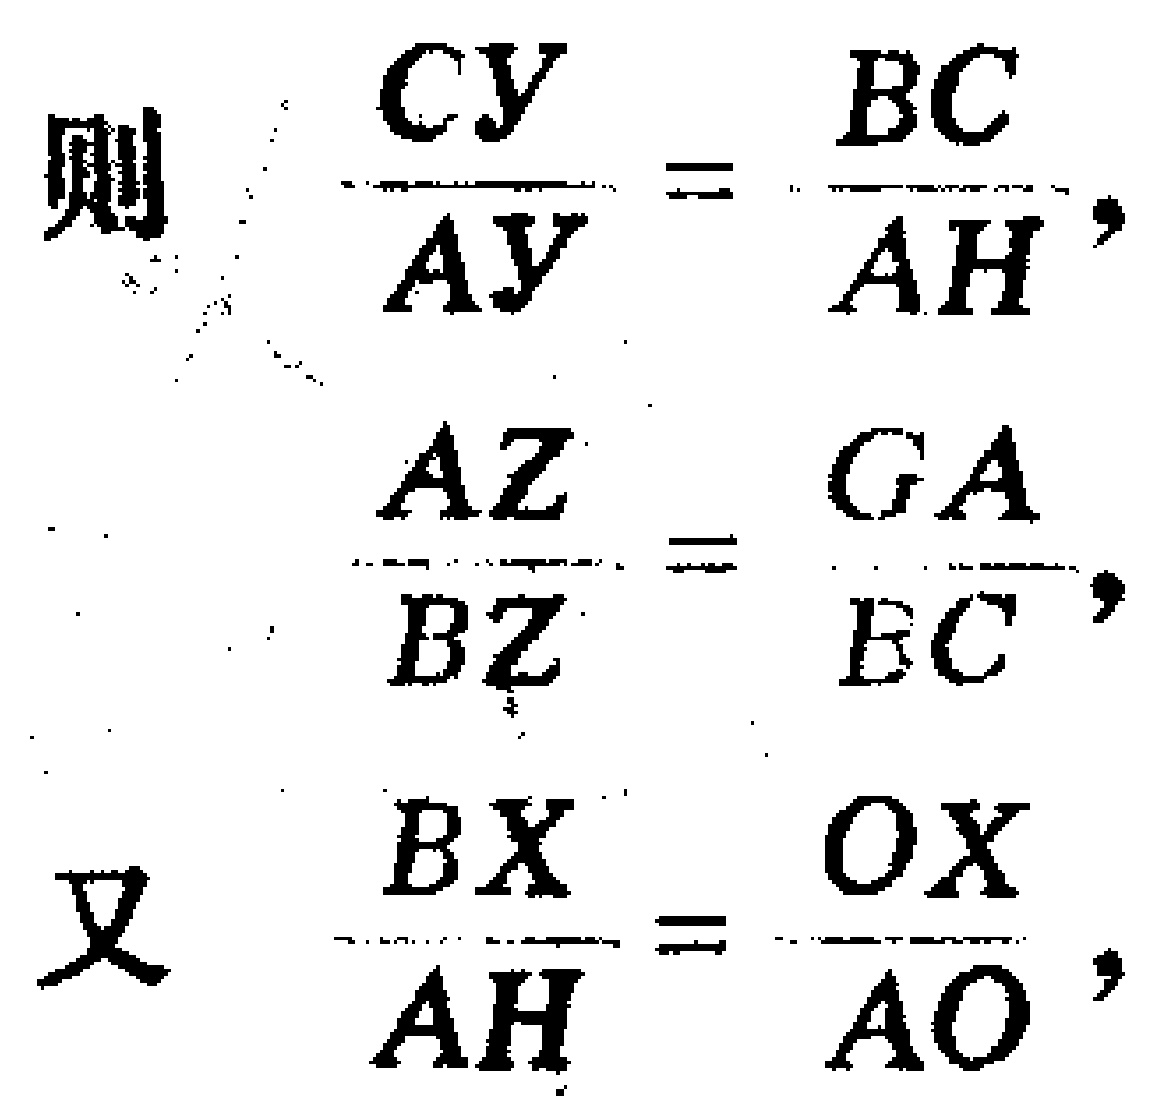
\[

\begin{align*}

\text{则}\quad\frac{CY}{AY}&=\frac{BC}{AH},\\

\frac{AZ}{BZ}&=\frac{GA}{BC},\\

\text{又}\quad\frac{BX}{AH}&=\frac{OX}{AO},

\end{align*}

\]